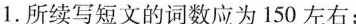
1.所续写短文的词数应为 150 左右;